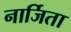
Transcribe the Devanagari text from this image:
नार्जिता